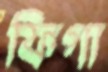
ফিগা